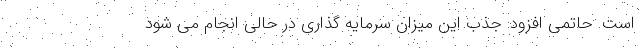
است. حاتمی افزود: جذب این میزان سرمایه گذاری در حالی انجام می شود